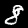
Digit: 8